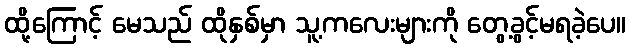
ထို့ကြောင့် မေသည် ထိုနှစ်မှာ သူ့ကလေးများကို တွေ့ခွင့်မရခဲ့ပေ။